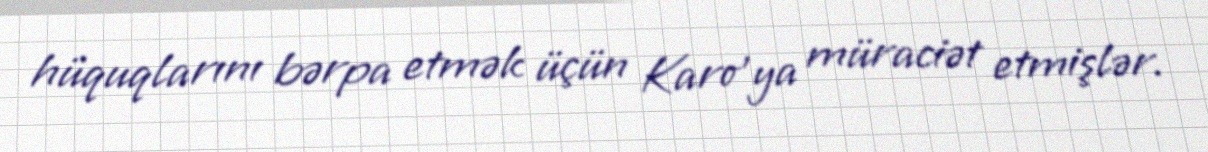
hüquqlarını bərpa etmək üçün Karo'ya müraciət etmişlər.